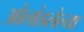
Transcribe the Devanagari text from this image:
ओलांडलेल्या